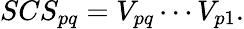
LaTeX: SCS_{pq}=V_{pq}\cdots V_{p1}.